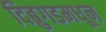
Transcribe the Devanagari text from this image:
दिब्रुगडमधून